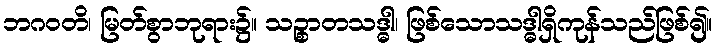
ဘဂဝတိ၊ မြတ်စွာဘုရား၌။ သဉ္စာတသဒ္ဓါ၊ ဖြစ်သောသဒ္ဓါရှိကုန်သည်ဖြစ်၍။